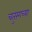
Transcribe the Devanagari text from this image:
चतुरंगच्या